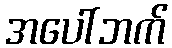
အပေါ်ဘက်